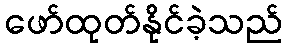
ဖော်ထုတ်နိုင်ခဲ့သည်